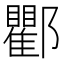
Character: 𨟠